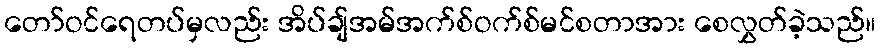
တော်ဝင်ရေတပ်မှလည်း အိပ်ချ်အမ်အက်စ်ဝက်စ်မင်စတာအား စေလွှတ်ခဲ့သည်။